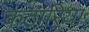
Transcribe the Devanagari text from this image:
कठारिया